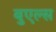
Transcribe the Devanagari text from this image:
बुएल्स